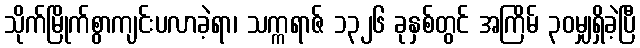
သိုက်မြိုက်စွာကျင်းပလာခဲ့ရာ၊ သက္ကရာဇ် ၁၃၂၆ ခုနှစ်တွင် အကြိမ် ၃၀မျှရှိခဲ့ပြီ